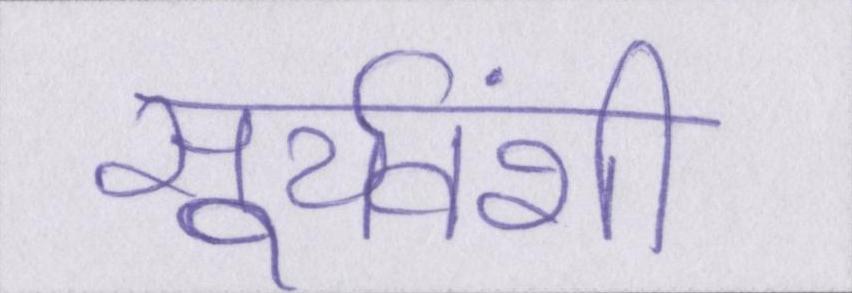
सूर्यवंशी